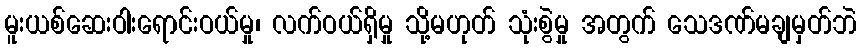
မူးယစ်ဆေးဝါးရောင်းဝယ်မှု၊ လက်ဝယ်ရှိမှု သို့မဟုတ် သုံးစွဲမှု အတွက် သေဒဏ်မချမှတ်ဘဲ